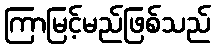
ကြာမြင့်မည်ဖြစ်သည်